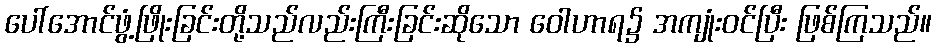
ပေါ်အောင်ဖွံ့ဖြိုးခြင်းတို့သည်လည်းကြီးခြင်းဆိုသော ဝေါဟာရ၌ အကျုံးဝင်ပြီး ဖြစ်ကြသည်။